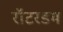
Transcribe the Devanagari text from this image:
रॉटरडम